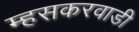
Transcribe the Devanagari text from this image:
म्हसकरवाडी